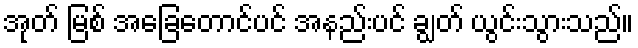
အုတ် မြစ် အခြေတောင်ပင် အနည်းပင် ချွတ် ယွင်းသွားသည်။